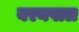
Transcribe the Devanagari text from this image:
बरनपाल